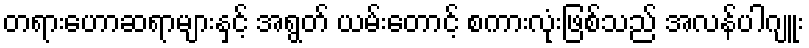
တရားဟောဆရာများနှင့် အရွတ် ယမ်းတောင့် စကားလုံးဖြစ်သည် အလန်ပါဂျူး